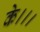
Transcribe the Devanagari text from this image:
के।।।